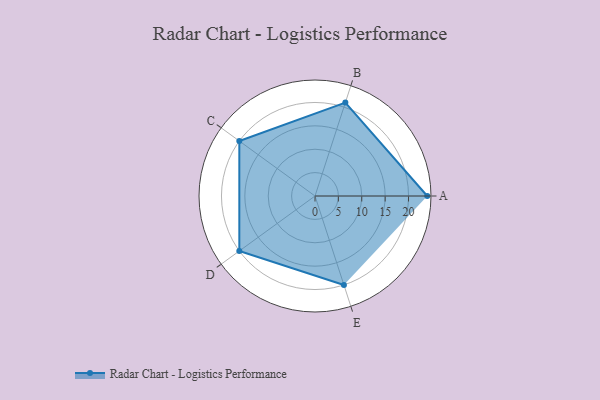
{"axis": {"x": "Skill", "y": "Score"}, "legend": ["Profile"], "data": [{"x": "A", "y": 24.0, "type": "Profile"}, {"x": "B", "y": 21.0, "type": "Profile"}, {"x": "C", "y": 20, "type": "Profile"}, {"x": "D", "y": 20, "type": "Profile"}, {"x": "E", "y": 20, "type": "Profile"}]}